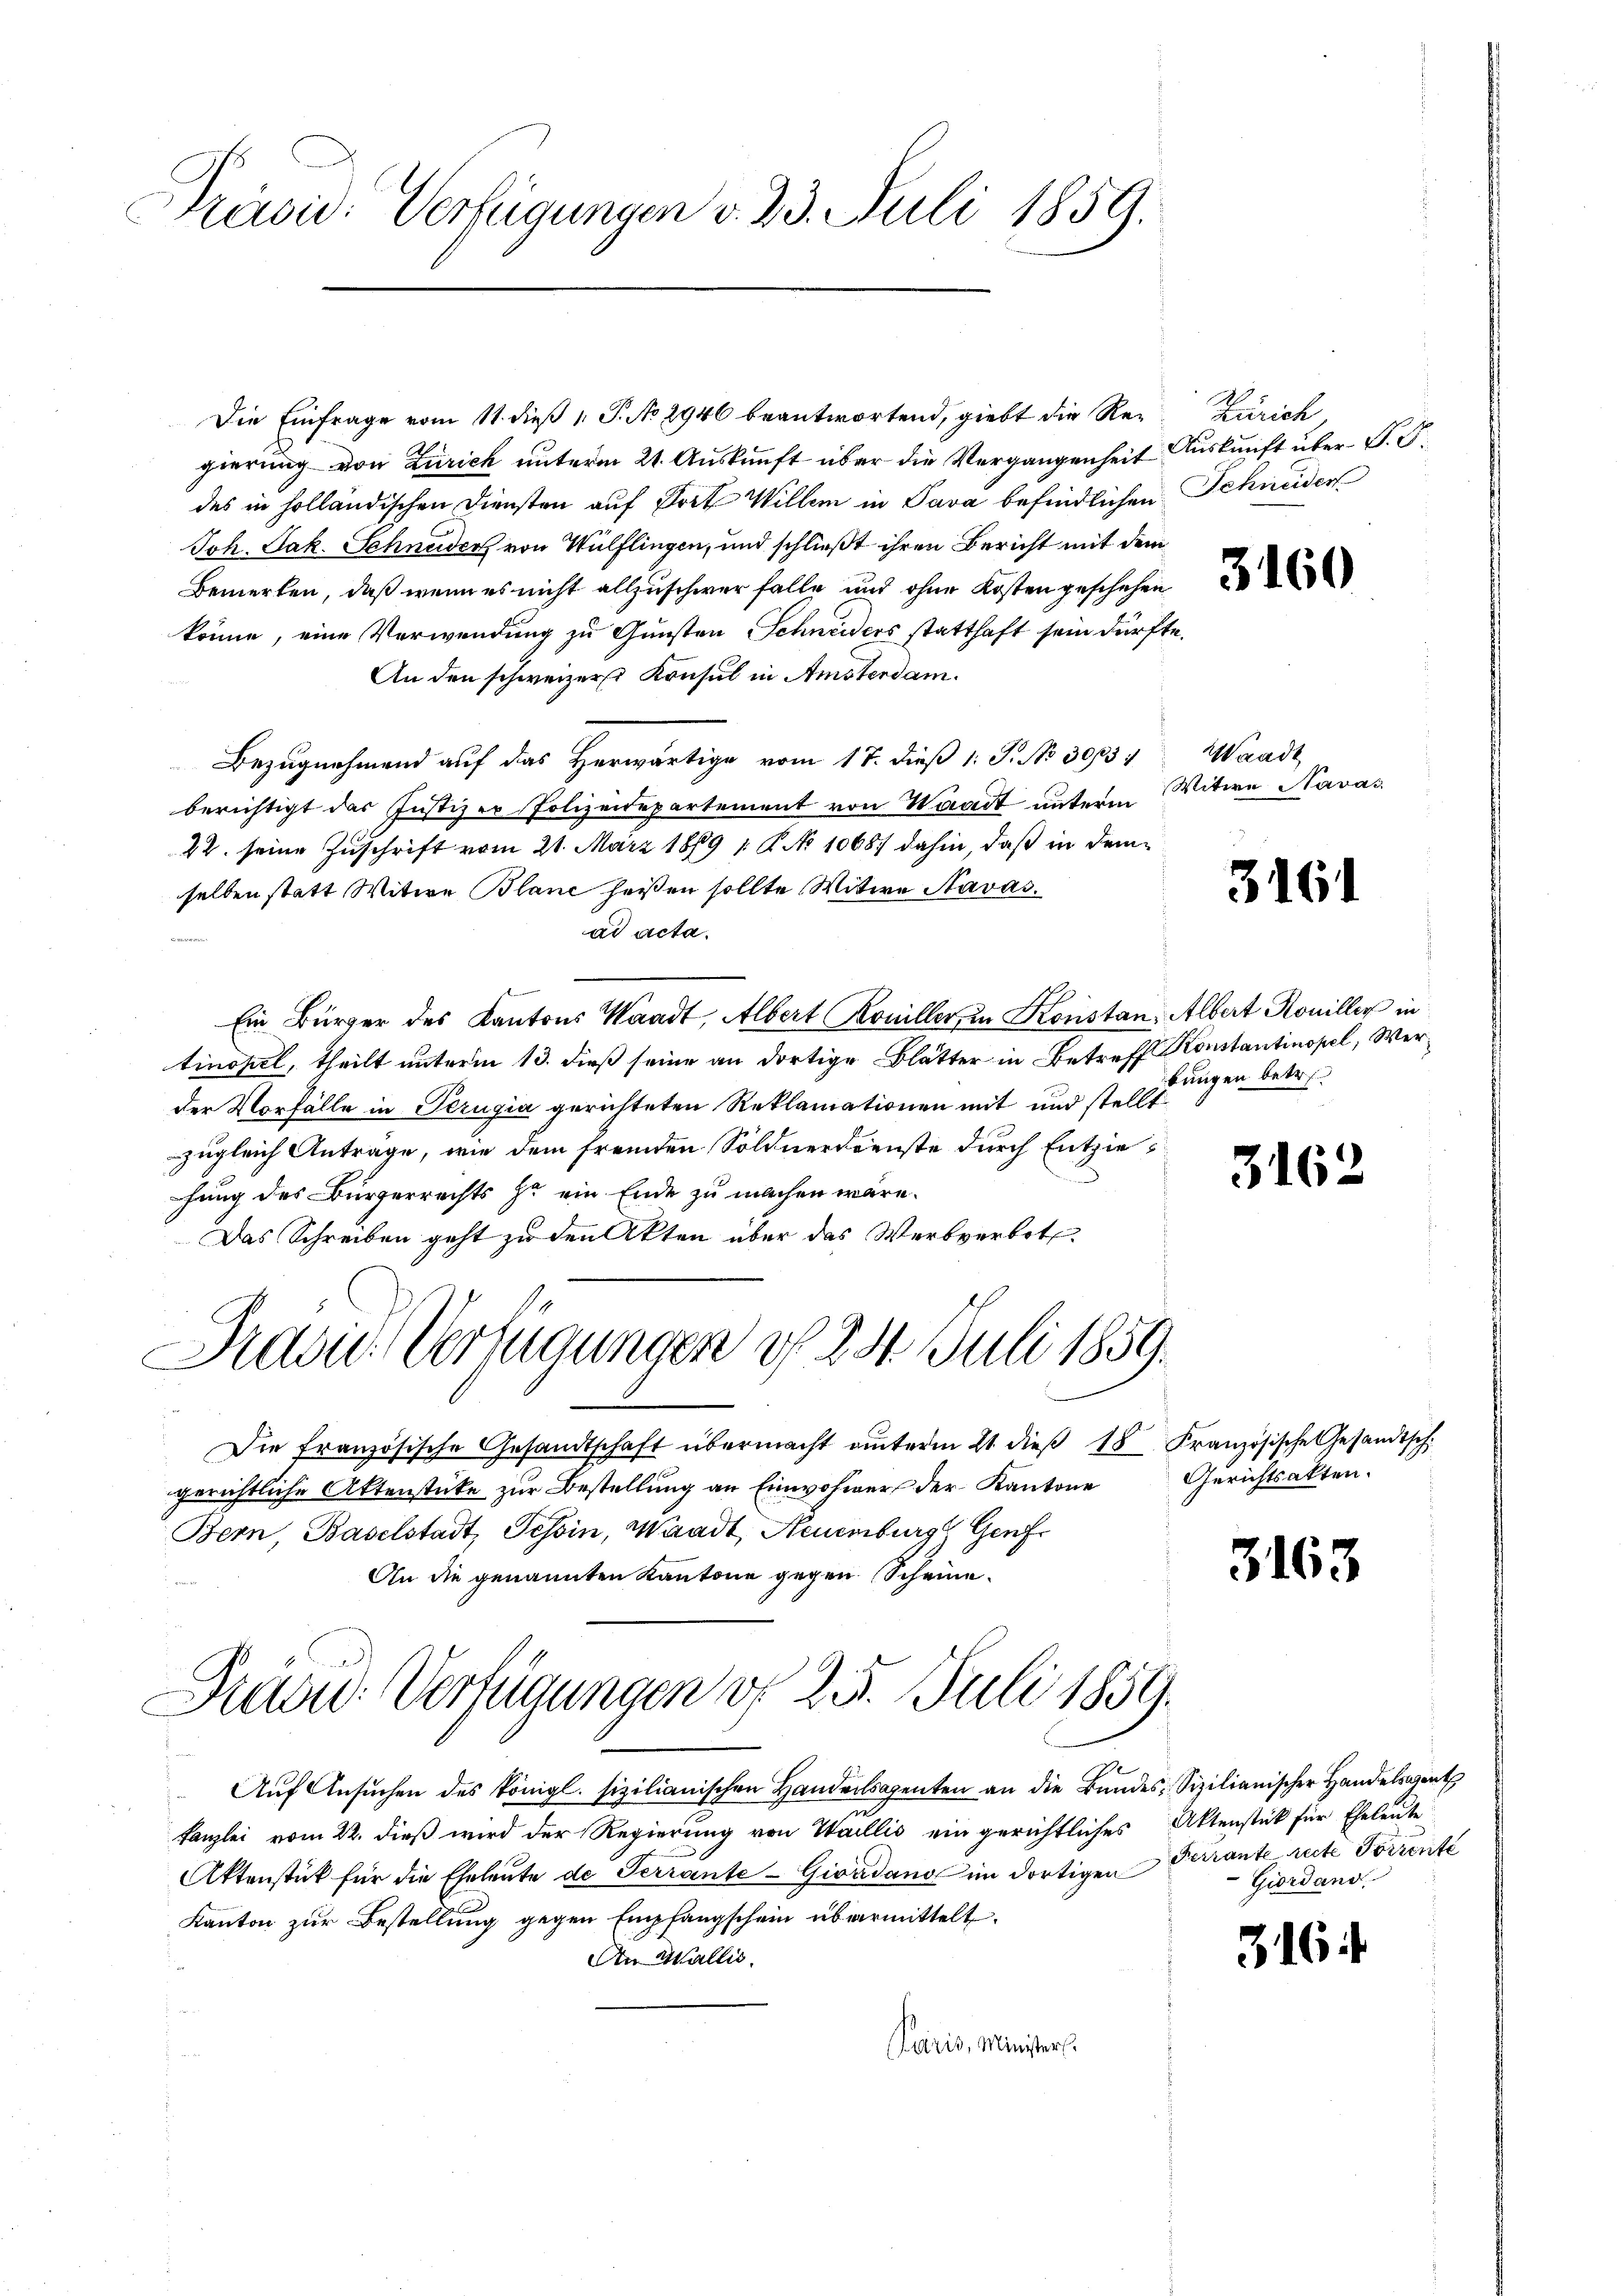
Präsid. Verfügungen v. 23. Juli 1859.

Die Einfrage vom 11. dieß 1. P. No 2946 beantwortend, giebt die Regierung von Zürich unterm 21. Auskunft über die Vergangenheit Auskunft über P. G.
des in holländischen Diensten auf Dort Willem in Sava befindlichen Schneider
Joh. Jak. Schnider von Wülflingen, und schließt ihren Bericht mit dem
Bemerken, daß wenn es nicht allzuschwer falle und ohne Kosten geschehen
könne, eine Verwendung zu Gunsten Schneiders statthaft sein dürfte.
An den schweizerst Konsul in Amsterdam.
Bezugnahmend auf das Herwärtige vom 17. dieß 1: P. No 30154
berichtigt das Justizer Polizeidepartement von Waadt unterm
22. seine Zuschrift vom 21. März 1869 1 R. No 1068.) dahin, daß in dem-
selben statt Witwe Blanc heißen sollte Wittwe Navas.
ad acta.
Ein Bürger des Kantons Waadt, Albert Koniller, in Konstan, Albert Koniller in
tinopel, theilt unterm 13. dieß seine an dortige Blätter in Betreff Konstantinopel, Werder Vorfälle in Perugia gerichteten Reklamationen mit und stellt
zugleich Anträge, wie dem fremden Söldnerdienste durch Entziehung des Bürgerrechts so ein Ende zu machen wäre.
Das Schreiben geht zu den Akten über das Werbverbot.
Präsid. Verfügungen d. 234. Juli 1859.
Die französische Gesandtschaft übermacht unterm 21. dieβ 18 Französische Gesandtsch
gerichtliche Aktenstücke zur Bestellung an Einwohner der Kantone
Bern, Baselstadt, Tessin, Waadt, Neuenburg Genf
An die genannten Kantone gegen Scheine

Aŭf Ansŭchen des königl. sizilianischen Handersagenten an die Bundes Sizilianischer Handelsgent
Kanzlei vom 22. dieß wird der Regierung von Wallis ein gerichtliches Aktenstück für Eheleute
Aktenstück für die Eheleute de Terrante-Givadans im dortigen
Kanton zur Bestellung gegen Empfangschein übermittelt.
An Wallis.
Paris, Minister.

Prad Verfügungen d. 25. Juli 1859.

Zürich

3160

Waadt
Witwe Navas

3161

bungen betr.

3162

Gerichtsakten.

3163

Ferrante recte Torrente
Giordand

316